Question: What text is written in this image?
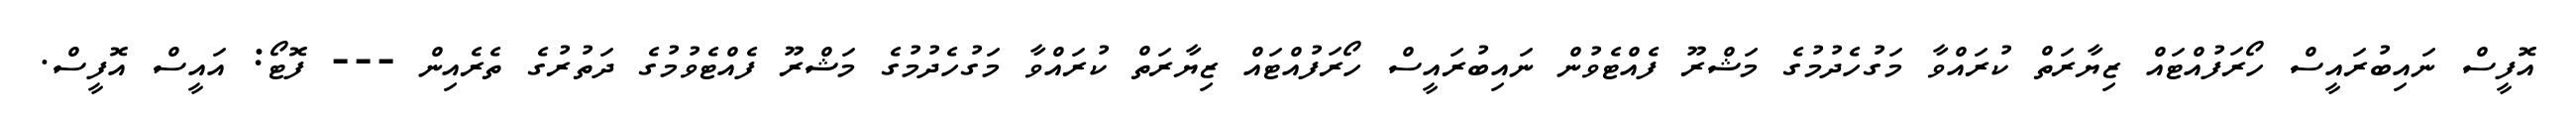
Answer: އޮފީސް ނައިބުރައީސް ހޯރަފުއްޓައް ޒިޔާރަތް ކުރައްވާ މަގުހެދުމުގެ މަޝްރޫ ފެއްޓެވުން ނައިބުރައީސް ހޯރަފުއްޓައް ޒިޔާރަތް ކުރައްވާ މަގުހެދުމުގެ މަޝްރޫ ފެއްޓެވުމުގެ ދަތުރުގެ ތެރެއިން --- ފޮޓޯ: އައީސް އޮފީސް.